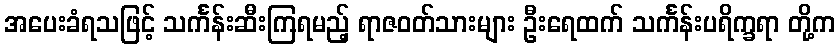
အပေးခံရသဖြင့် သင်္ကန်းဆီးကြရမည့် ရာဇဝတ်သားများ ဦးရေထက် သင်္ကန်းပရိက္ခရာ တို့က